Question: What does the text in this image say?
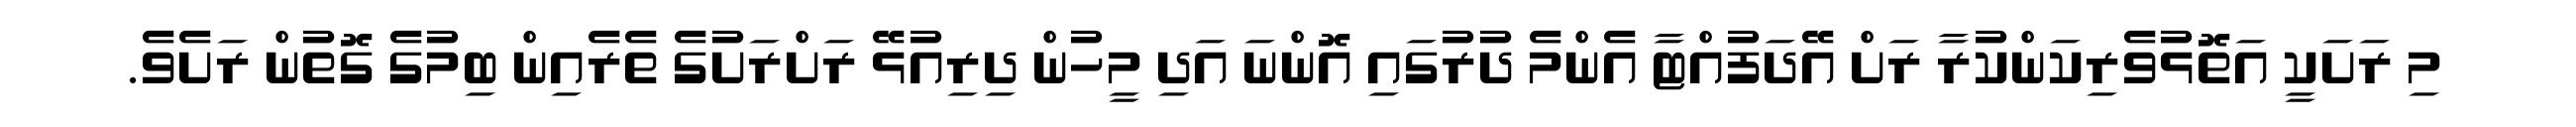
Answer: މި ރަށަކީ އަތޮޅުވެރިކަންކުރާ ރަށް އޭދަފުއްޓާ އެންމެ ދުރުގައި އޮންނަ އަދި މީހުން ދިރިއުޅޭ ރަށްރަށުގެ ތެރެއިން ބިމުގެ ގޮތުން ރަށެވެ.